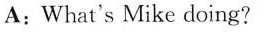
A:What's Mike doing?